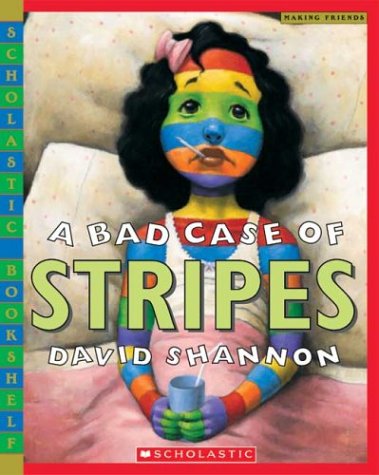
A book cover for A Bad Case of Stripes (Scholastic Bookshelf); David Shannon; Children's Books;